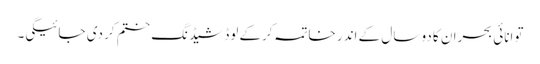
توانائی بحران کا دو سال کے اندر خاتمہ کرکے لوڈشیڈنگ ختم کر دی جائیگی۔